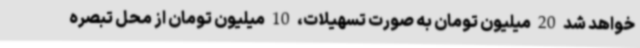
خواهد شد 20 میلیون تومان به صورت تسهیلات، 10 میلیون تومان از محل تبصره